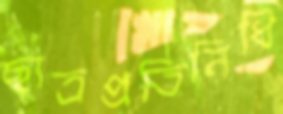
ছাত্রপ্রতিনিধি